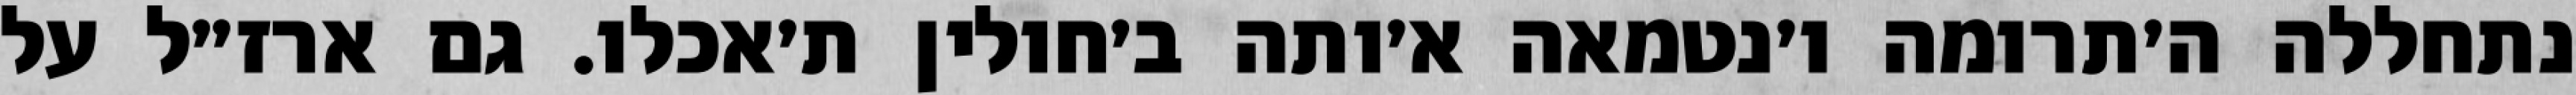
נתחללה ה׳תרומה ו׳נטמאה א׳ותה ב׳חולין ת׳אכלו. גם ארז״ל על